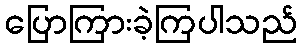
ပြောကြားခဲ့ကြပါသည်